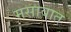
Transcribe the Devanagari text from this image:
मसावात